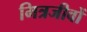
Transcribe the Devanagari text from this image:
मित्रजीवों